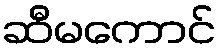
ဆီမကောင်